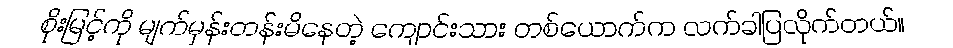
စိုးမြင့်ကို မျက်မှန်းတန်းမိနေတဲ့ ကျောင်းသား တစ်ယောက်က လက်ခါပြလိုက်တယ်။